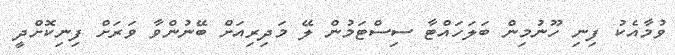
ވުމާއެކު ފިނި ހޫނުމިން ބަލަހައްޓާ ސިސްޓަމުން ލޭ މަދިރިއަށް ބޭނުންވާ ވަރަށް ފިނިކޮށްދީ